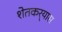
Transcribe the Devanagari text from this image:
शेतकर्‍यास